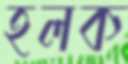
হলক